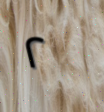
٢